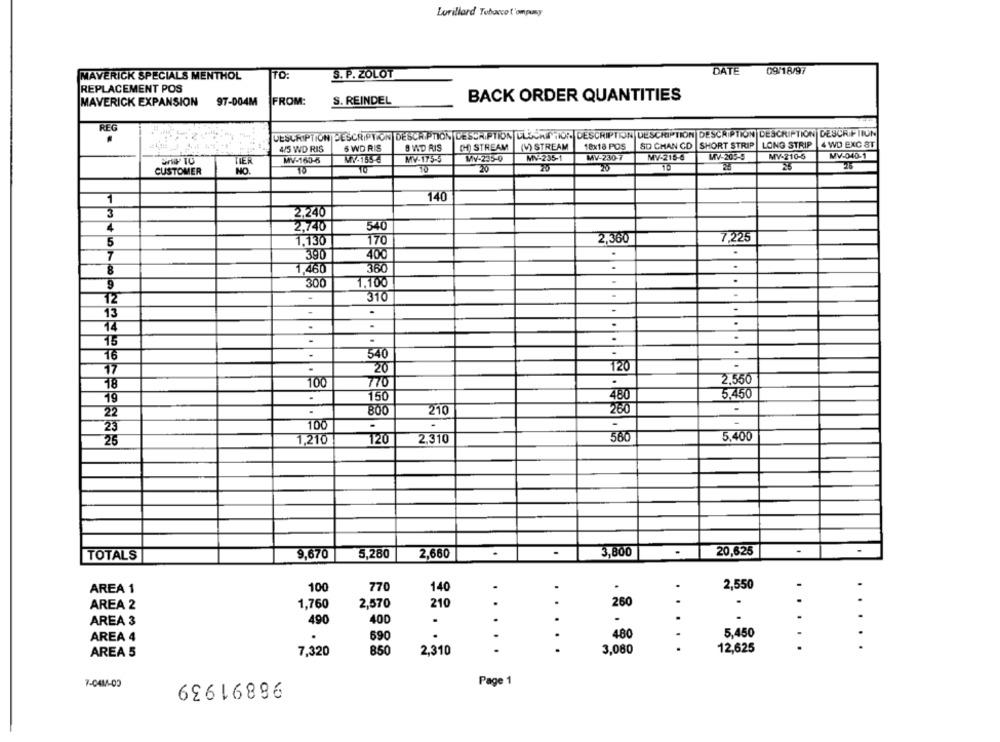
Lorillard Tobacco t'ompany
TO:
S. P. ZOLOT
DATE 09/18/97
MAVERICK SPECIALS MENTHOL
REPLACEMENT POS
MAVERICK EXPANSION 97-004M
FROM:
S. REINDEL
BACK ORDER QUANTITIES
REG
DESCRIPTION DESCRIPTION DESCRIPTION DESCRIPTION ELSCRITTIOR DESCRIPTION DESCRIPTION DESCRIPTION DESCRIPTION DESCRIPTION
4/5 WD RIS
6 WD RIS
B WD RIS
(H) STREAM
(V) STREAM
18x18 POS
SD CHAN CD SHORT STRIP
LONG STRIP |4 WD EXC ST
MV-230-7
MV-215-6
MV-205-5
MY-210-5
MV-040-1
WW TO
TIER
MV-160-6
MV-165-6
MV-175-5
MV-235-0
MV-235-1
CUSTOMER
NO.
15
10
20
10
26
26
140
3
2,240
4
2,740
540
7,225
5
1.130
170
2,360
.
.
7
390
400
.
8
1,460
360
300
1,100
.
..
9
.
.
12
310
-
13
.
.
15
-
.
.
76
.
540
17
20
120
18
100
770
2,556
5,450
19
.
150
480
22
800
210
260
-
1
23
100
586
5,400
25
1,210
120
2,310
20,625
TOTALS
9,670
5,280
2,660
.
3,800
.
100
770
.
.
2,550
AREA 1
140
..
AREA 2
1,760
2,570
210
260
..
AREA 3
490
400
.
.
.
.
-
AREA 4
690
.
.
.
480
5,450
AREA 5
7,320
850
2,310
.
3,080
...
12,625
....
98891939
Page 1
7-0414-03